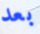
بعد